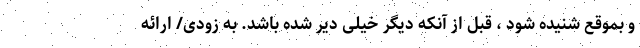
و بموقع شنيده شود ، قبل از آنکه دیگر خیلی دیر شده باشد. به زودی/ ارائه